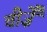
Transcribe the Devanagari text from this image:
चीज़ेँ